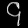
Digit: ၄